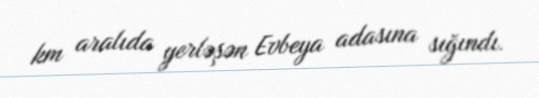
km aralıda yerləşən Evbeya adasına sığındı.